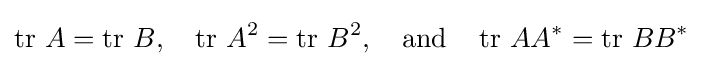
\operatorname {tr} \,A=\operatorname {tr} \,B,\quad \operatorname {tr} \,A^{2}=\operatorname {tr} \,B^{2},\quad {\text{and}}\quad \operatorname {tr} \,AA^{*}=\operatorname {tr} \,BB^{*}